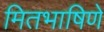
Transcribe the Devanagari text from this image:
मितभाषिणे